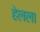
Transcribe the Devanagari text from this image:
हेलला